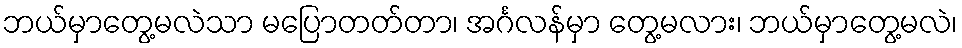
ဘယ်မှာတွေ့မလဲသာ မပြောတတ်တာ၊ အင်္ဂလန်မှာ တွေ့မလား၊ ဘယ်မှာတွေ့မလဲ၊